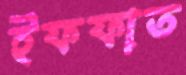
ইফফাত